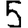
Digit: 5